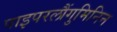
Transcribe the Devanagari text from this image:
पाइपरलौंगुमिनिन